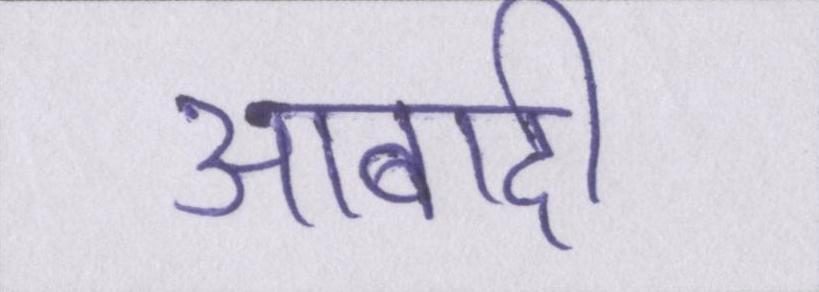
आबादी